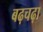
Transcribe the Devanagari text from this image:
बढ़चढ़ा